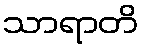
သာရာတိ